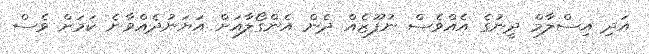
އަދި އިސްލާމް ދީނުގެ އެއްވެސް ނުފޫޒެއް ދެން އެންގޯލާއަށް އަޔަނުދެއްވާނެ ކަމަށް ވެސް